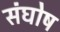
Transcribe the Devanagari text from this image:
संघोष